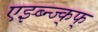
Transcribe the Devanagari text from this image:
एझ्ब्न्ज्क्फ्